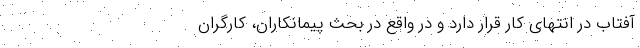
آفتاب در انتهای کار قرار دارد و در واقع در بحث پیمانکاران، کارگران